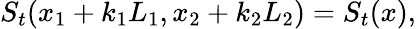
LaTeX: S_{t}(x_{1}+k_{1}L_{1},x_{2}+k_{2}L_{2})=S_{t}(x),